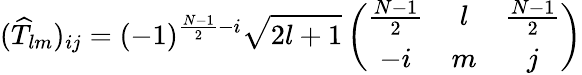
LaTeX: (\widehat{T}_{lm})_{ij}=(-1)^{\frac{N-1}{2}-i}\sqrt{2l+1}\left(\begin{array}{ccc}{\frac{N-1}{2}}&{l}&{\frac{N-1}{2}}\\ {-i}&{m}&{j}\end{array}\right)